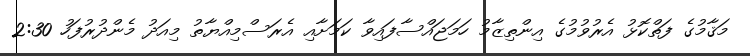
މަޤާމުގެ ފަތްކޮޅު އެރުވުމުގެ އިންތިޒާމު ހަމަޖައްސާފައިވާ ކަމަށާއި އެރަސްމިއްޔާތު މިއަދު މެންދުރުފަހު 2:30